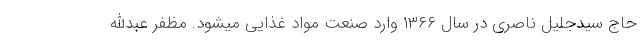
حاج سیدجلیل ناصری در سال ۱۳۶۶ وارد صنعت مواد غذایی میشود. مظفر عبدالله